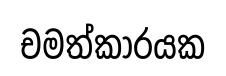
චමත්කාරයක